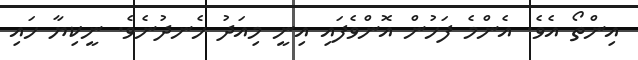
އިންތޯ އެވެ. އެންމެ ފަހުން އޮންވެފައި އިނީ މިއަދު ހެނދުނެވެ. ނީކިޔާ ހައި